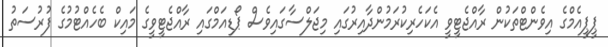
ޕީޕީއެމްގެ އިވެންޓްތަކުން ރާއްޖެޓީވީ އެކަހެރިކުރަމުންދާއިރުގައި މިޖަލްސާގައިވެސް ޕޯޑިއަމްގައި ރާއްޖެޓީވީގެ މައިކް ބެހެއްޓުމުގެ ފުރުސަތު